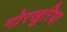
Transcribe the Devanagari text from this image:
गोरखुरिया